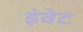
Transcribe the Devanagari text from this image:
इंवेट